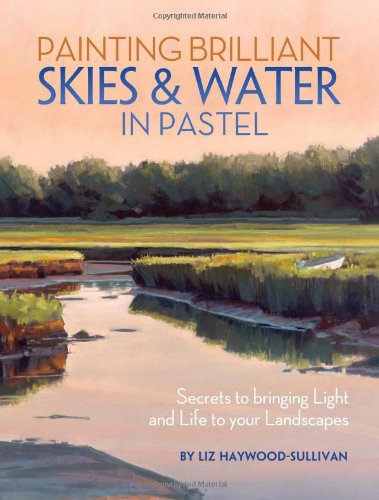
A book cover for Painting Brilliant Skies & Water in Pastel: Secrets to Bringing Light and Life to Your Landscapes; Liz Haywood-Sullivan; Arts & Photography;